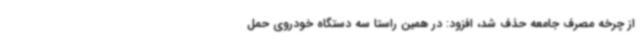
از چرخه مصرف جامعه حذف شد، افزود: در همین راستا سه دستگاه خودروی حمل